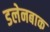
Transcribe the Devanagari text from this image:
डलेनबाक